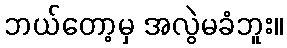
ဘယ်တော့မှ အလွဲမခံဘူး။